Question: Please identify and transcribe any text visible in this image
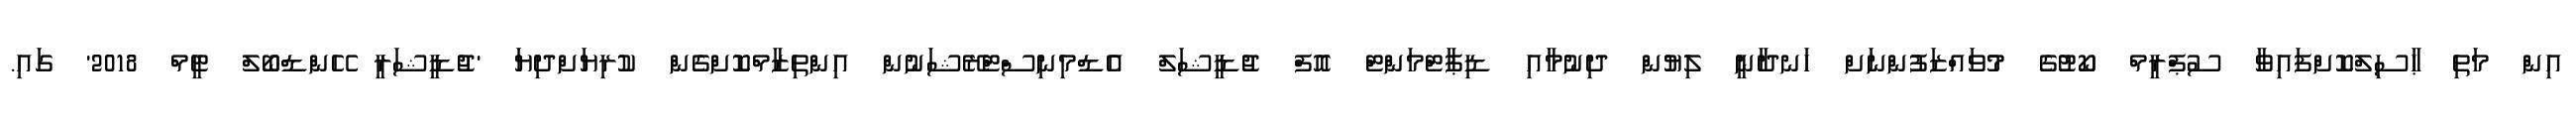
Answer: އިން މަތި ޙާސިލްކޮށްފައިވާ ސުޕްރީމް ކޯޓުގެ މުވައްޒަފުންނަށް ހަނދާނީ ލިޔުން ދިނުމާއި ޑިޕާޓްމަންޓް އޮފް ޖުޑީޝަލް އެޑްމިނިސްޓްރޭޝަނުން އިންތިޒާމްކޮށްގެން ކުރިޔަށްދިޔަ 'ޖުޑީޝަރީ ހޭންޑްބޯލް ޓީމް 2018' ގައި.